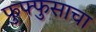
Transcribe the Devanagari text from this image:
फुफ्‍फुसाचा